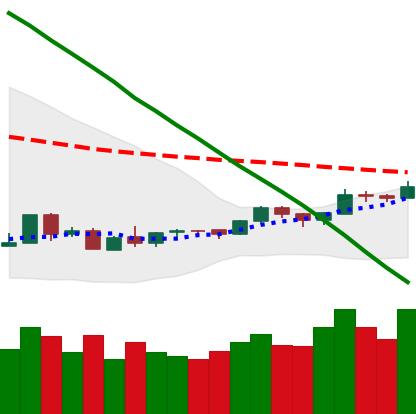
Ticker: LTC-USD
Chart end date: 2018-09-04
Forward return: -18.883%
Label: down_7plus